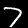
Label: 7